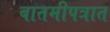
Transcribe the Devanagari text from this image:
बातमीपत्रात